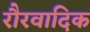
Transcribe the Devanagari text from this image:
रौरवादिक